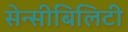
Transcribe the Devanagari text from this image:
सेन्सीबिलिटी